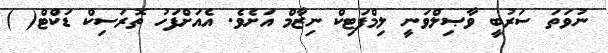
ނުވަތަ ސަރުބީ ވާޞިލްވަނީ ލިމްފަޓިކް ނިޒާމް އަށެވެ. އެއަށްފަހު ތޮރަސިކް ޑަކްޓް( )